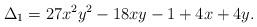
LaTeX: \begin{align*}\Delta_1=27x^2y^2-18xy-1+4x+4y. \end{align*}